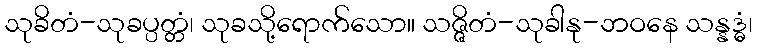
သုခိတံ-သုခပ္ပတ္တံ၊ သုခသို့ရောက်သော။ သဇ္ဇိတံ-သုခါနု-ဘဝနေ သန္နဒ္ဓံ၊